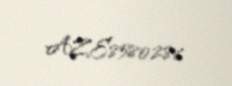
AZE8580286